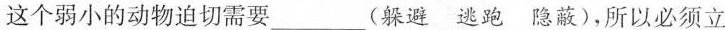
这个弱小的动物迫切需要___(躲避逃跑隐蔽)，所以必须立